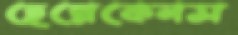
হেন্নেকেনস